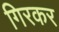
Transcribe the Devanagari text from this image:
गिरकर